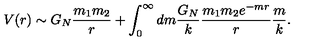
V ( r ) \sim G _ { N } { \frac { m _ { 1 } m _ { 2 } } { r } } + \int _ { 0 } ^ { \infty } d m { \frac { G _ { N } } { k } } { \frac { m _ { 1 } m _ { 2 } e ^ { - m r } } { r } } { \frac { m } { k } } .